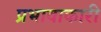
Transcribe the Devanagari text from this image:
प्रभावाकारी